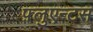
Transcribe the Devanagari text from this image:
फ़्लुएन्टस